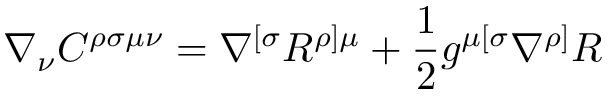
\nabla _ { \nu } C ^ { \rho \sigma \mu \nu } = \nabla ^ { [ \sigma } R ^ { \rho ] \mu } + \frac { 1 } { 2 } g ^ { \mu [ \sigma } \nabla ^ { \rho ] } R